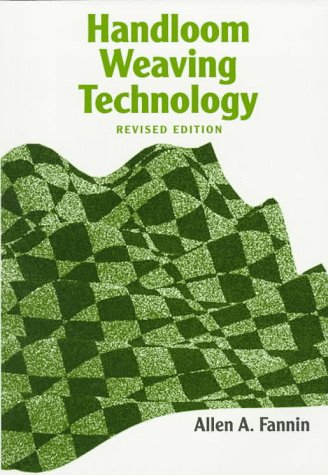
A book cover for Handloom Weaving Technology: Revised And Updated (Design Books); Allen A. Fannin; Crafts, Hobbies & Home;